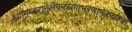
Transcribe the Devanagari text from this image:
श्यामम्बरानुलेपनस्रगाभरणामेकवक्त्रां